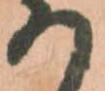
の